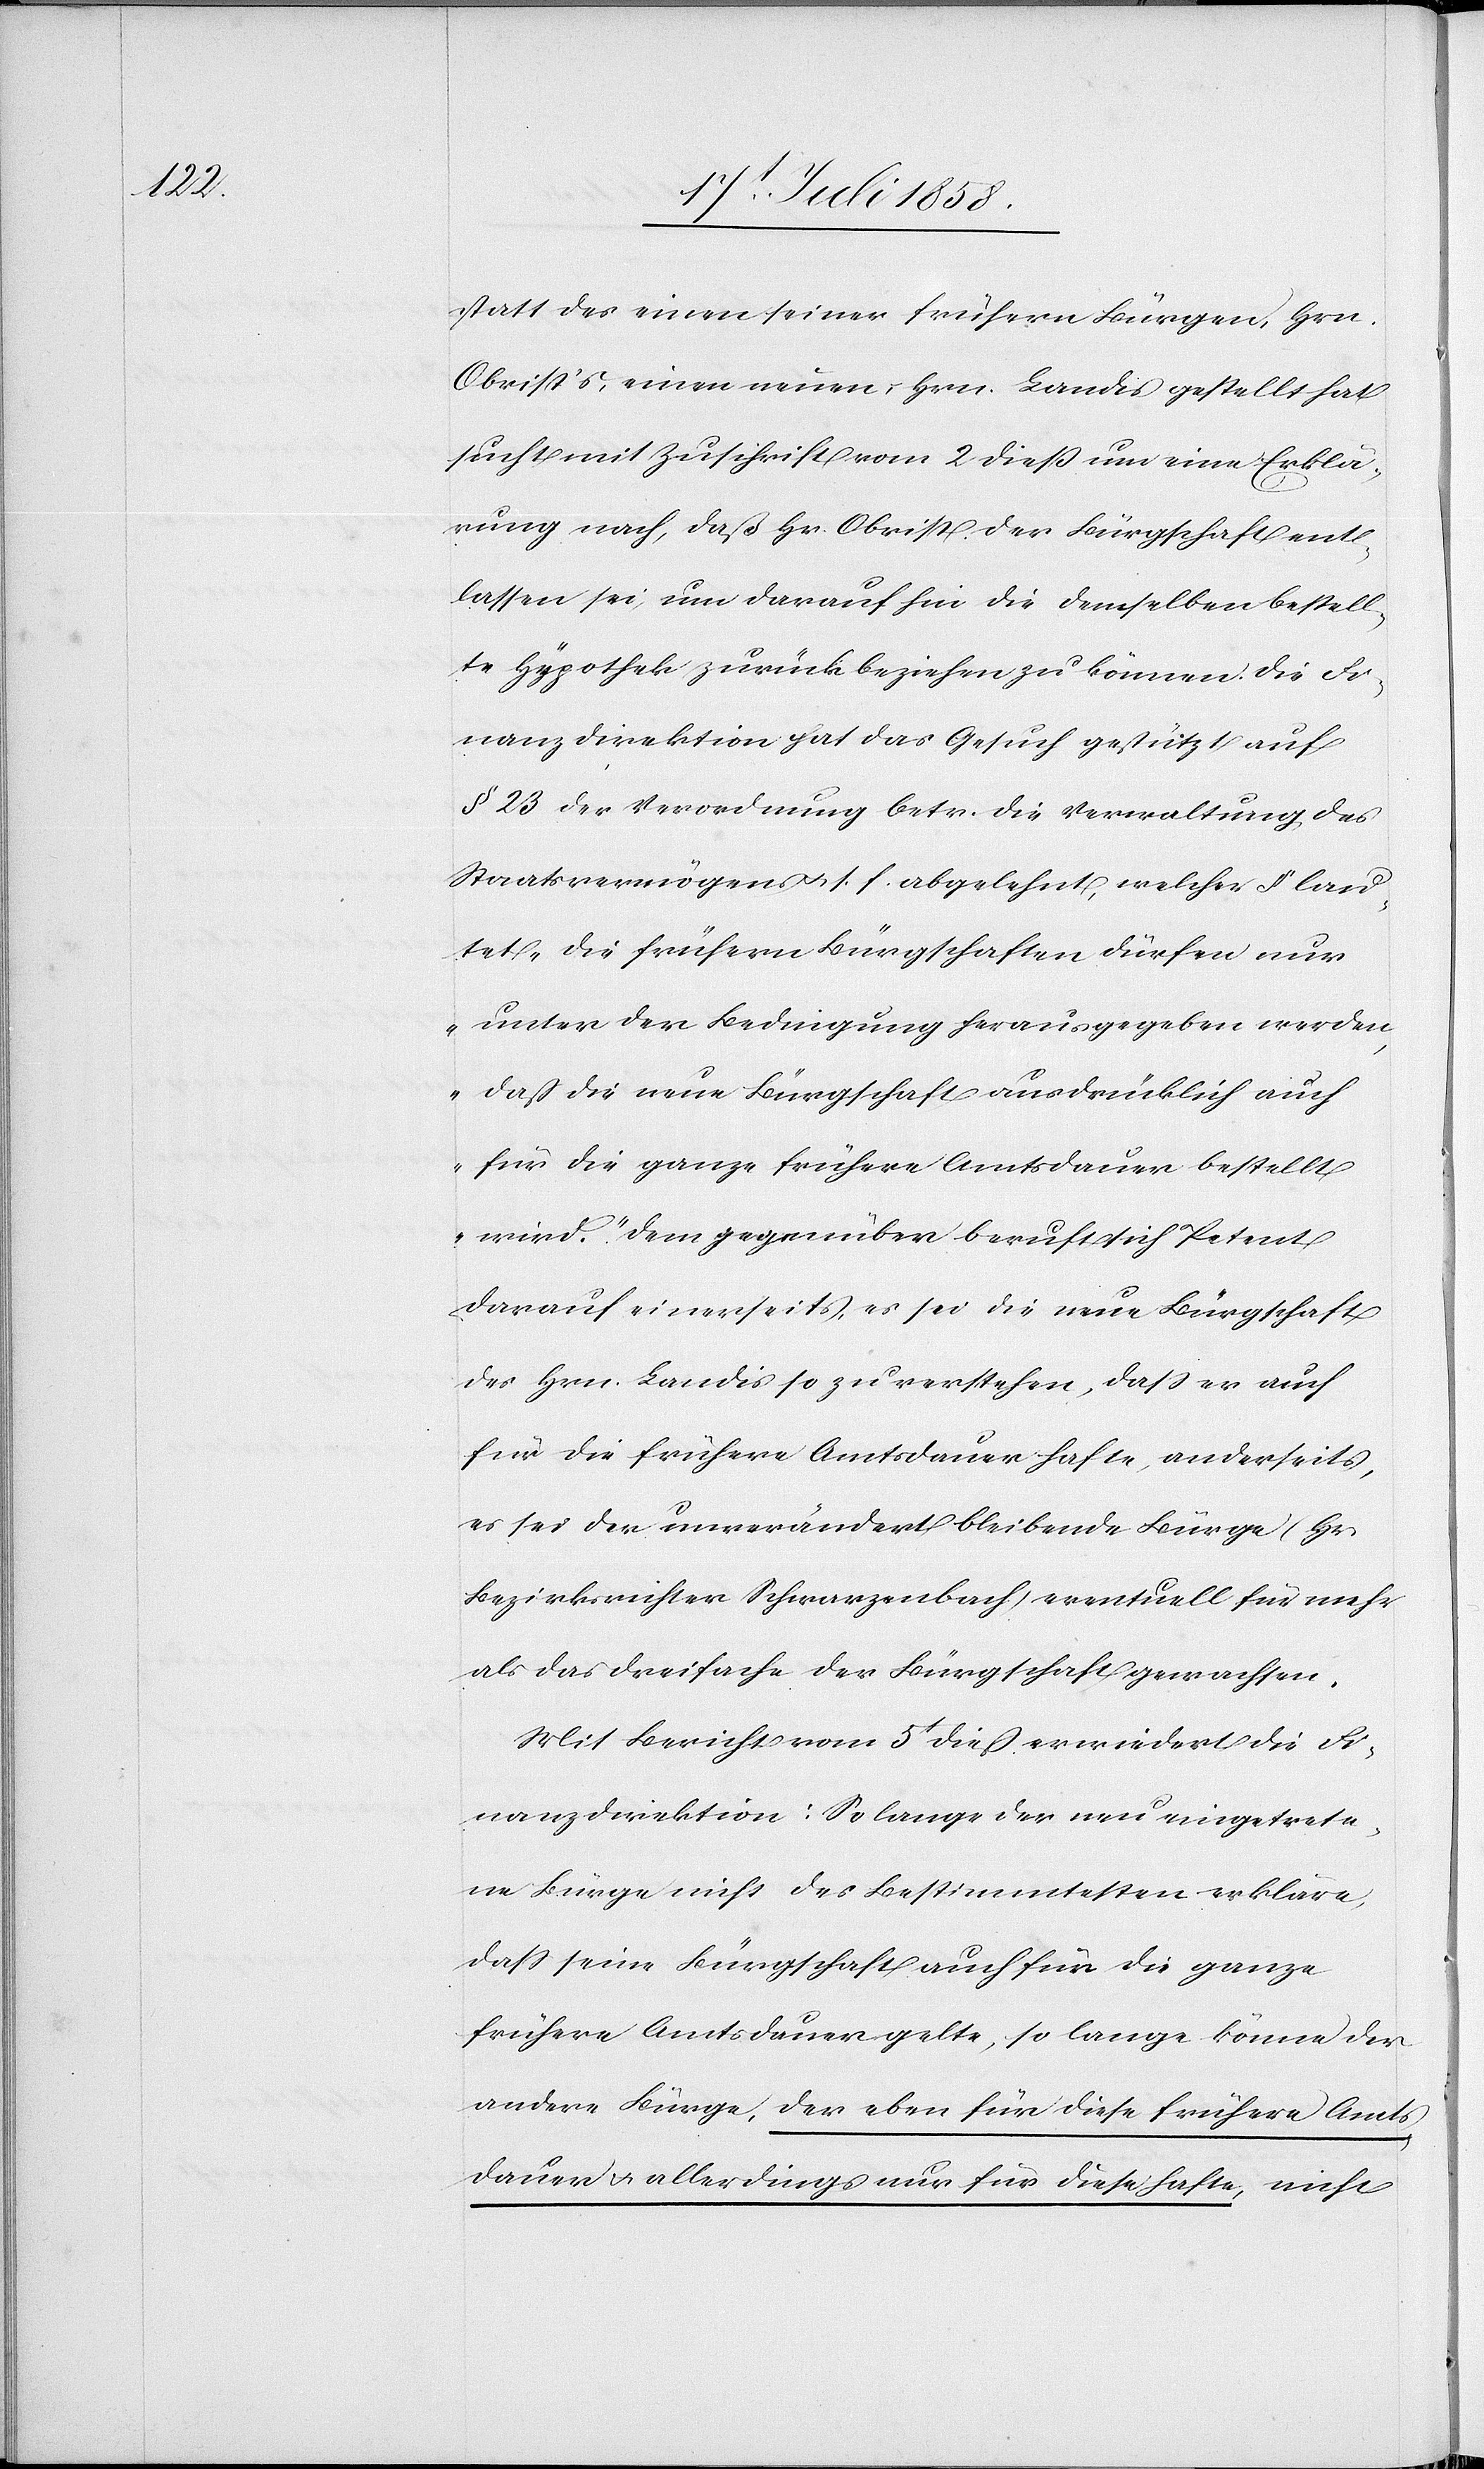
statt des einen seiner frühern Bürgen, Hrn.
Obrist’s, einen neuen, Hrn. Landis gestellt hat
sucht mit Zuschrift vom 2 dieß um eine Erklä¬
rung nach, daß Hr. Obrist der Bürgschaft ent¬
lassen sei, um darauf hin die demselben bestell¬
te Hypothek zurück beziehen zu können. Die Fi¬
nanzdirektion hat das Gesuch gestützt auf
§ 23 der Verordnung betr. die Verwaltung des
Staatsvermögens & s. f. abgelehnt, welcher § lau¬
tet „Die frühern Bürgschaften dürfen nur
unter der Bedingung herausgegeben werden,
daß die neue Bürgschaft ausdrücklich auch
für die ganze frühere Amtsdauer bestellt
wird.“ Dem gegenüber beruft sich Petent
darauf einerseits, es sei die neue Bürgschaft
des Hrn. Landis so zu verstehen, dass er auch
für die frühere Amtsdauer hafte, anderseits,
es sei der unverändert bleibende Bürge (Hr.
Bezirksrichter Schwarzenbach) eventuell für mehr
als das Dreifache der Bürgschaft gewachsen.
Mit Bericht vom 5t dieß erwiedert die Fi¬
nanzdirektion: So lange der neu eingetrete¬
ne Bürge nicht des Bestimmtesten erkläre,
dass seine Bürgschaft auch für die ganze
frühere Amtsdauer gelte, so lange könne der
andere Bürge, der eben für diese frühere Amts¬
dauer & allerdings nur für diese hafte, nicht